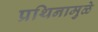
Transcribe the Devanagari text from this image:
प्रथिनामुळे